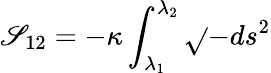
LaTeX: \mathscr{S}_{12}=-\kappa\int_{\lambda_{1}}^{\lambda_{2}}\sqrt{}{{-ds^{2}}}